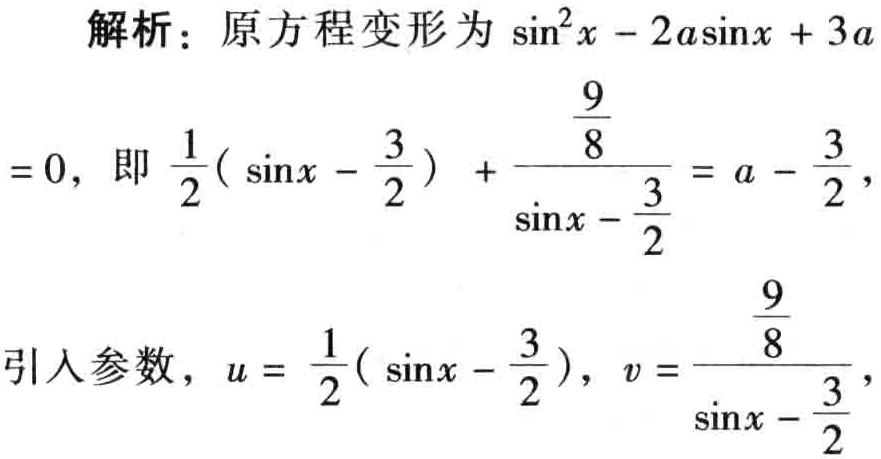
解析：原方程变形为\(\sin^{2}x - 2a\sin x + 3a = 0\)，即\(\frac{1}{2}(\sin x - \frac{3}{2})+ \frac{\frac{9}{8}}{\sin x - \frac{3}{2}}= a - \frac{3}{2}\)，
引入参数，\(u = \frac{1}{2}(\sin x - \frac{3}{2})\)，\(v = \frac{\frac{9}{8}}{\sin x - \frac{3}{2}}\)，